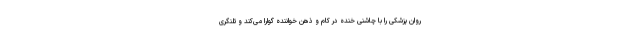
روان پزشکی را با چاشنی خنده در کام و ذهن خواننده گوارا می‌کند و تلنگری